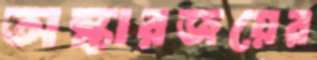
অস্কারজয়ের